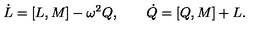
\dot { L } = [ L , M ] - \omega ^ { 2 } Q , \qquad \dot { Q } = [ Q , M ] + L .